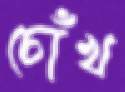
চোঁখ